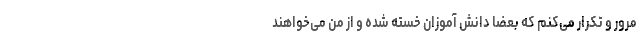
مرور و تکرار می‌کنم که بعضا دانش آموزان خسته شده و از من می‌خواهند